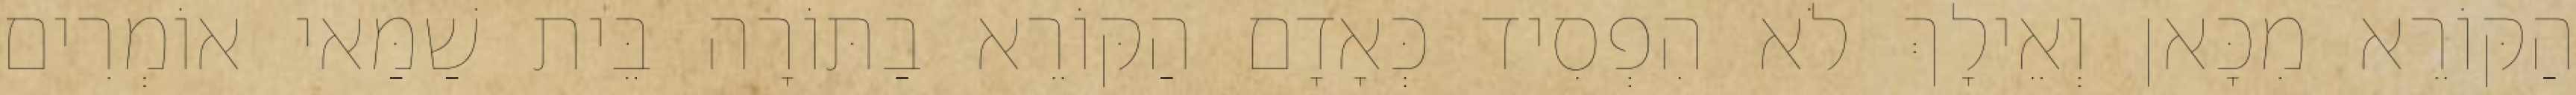
הַקּוֹרֵא מִכָּאן וְאֵילָךְ לֹא הִפְסִיד כְּאָדָם הַקּוֹרֵא בַתּוֹרָה בֵּית שַׁמַּאי אוֹמְרִים